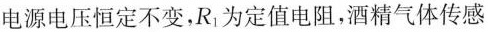
电源电压恒定不变，R_{1}为定值电阻，酒精气体传感